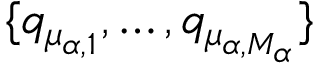
\{ q _ { \mu _ { \alpha , 1 } } , \dots , q _ { \mu _ { \alpha , M _ { \alpha } } } \}